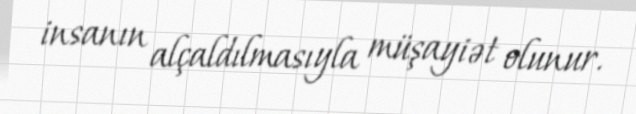
insanın alçaldılmasıyla müşayiət olunur.